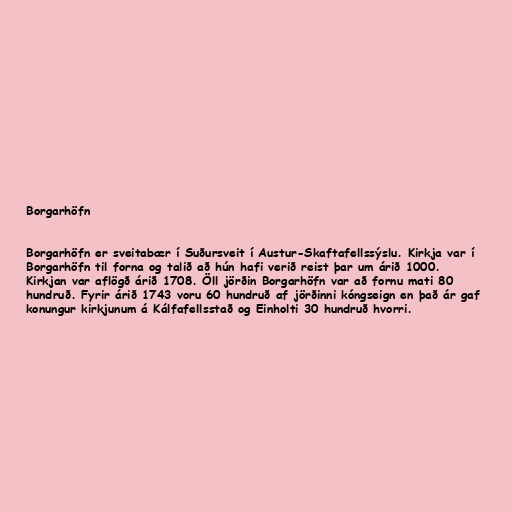
Borgarhöfn

Borgarhöfn er sveitabær í Suðursveit í Austur-Skaftafellssýslu. Kirkja var í
Borgarhöfn til forna og talið að hún hafi verið reist þar um árið 1000.
Kirkjan var aflögð árið 1708. Öll jörðin Borgarhöfn var að fornu mati 80
hundruð. Fyrir árið 1743 voru 60 hundruð af jörðinni kóngseign en það ár gaf
konungur kirkjunum á Kálfafellsstað og Einholti 30 hundruð hvorri.